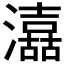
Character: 𱩼